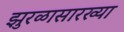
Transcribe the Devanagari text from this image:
झुरळासारख्या